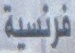
فرنسیة